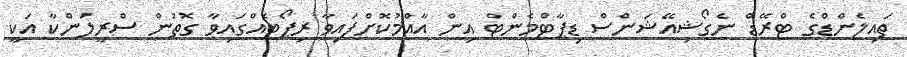
ތައިލެންޑްގެ ޓްރޭޑް ނެގޯޝިއޭޝަންސް ޑިޕާޓްމެންޓް އިން އާއްމުކޮށްފައިވާ ރިޕޯޓެއްގައިވާ ގޮތުން ސްރީލަންކާ އަކީ